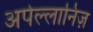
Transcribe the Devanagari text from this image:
अपेल्लानिज़